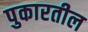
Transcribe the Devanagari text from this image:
पुकारतील